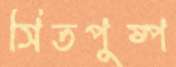
সিতপুষ্প